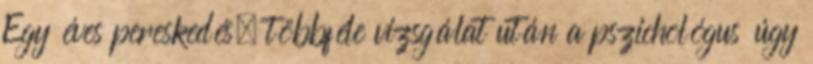
Egy éves pereskedés, többféle vizsgálat után a pszichológus úgy